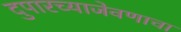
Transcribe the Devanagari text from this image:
दुपारच्याजेवणाचा